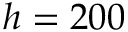
h = 2 0 0